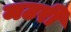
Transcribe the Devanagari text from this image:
मटरी